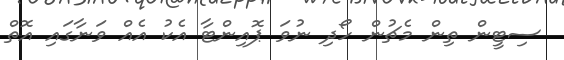
ސިޓީން ތިން މެޗުން ހޯދި ނުވަ ޕޮއިންޓާ އެކު އެއް ވަނާގައި އޮތް